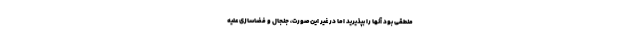
منطقی بود آنها را بپذیرید اما در غیر این‌صورت، جنجال و فضاسازی علیه